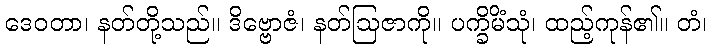
ဒေဝတာ၊ နတ်တို့သည်။ ဒိဗ္ဗောဇံ၊ နတ်ဩဇာကို။ ပက္ခိမိံသုံ၊ ထည့်ကုန်၏။ တံ၊